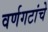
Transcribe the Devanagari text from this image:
वर्णगटांचे